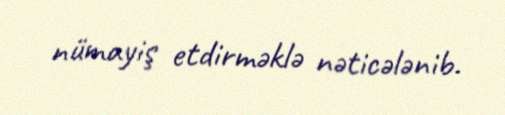
nümayiş etdirməklə nəticələnib.